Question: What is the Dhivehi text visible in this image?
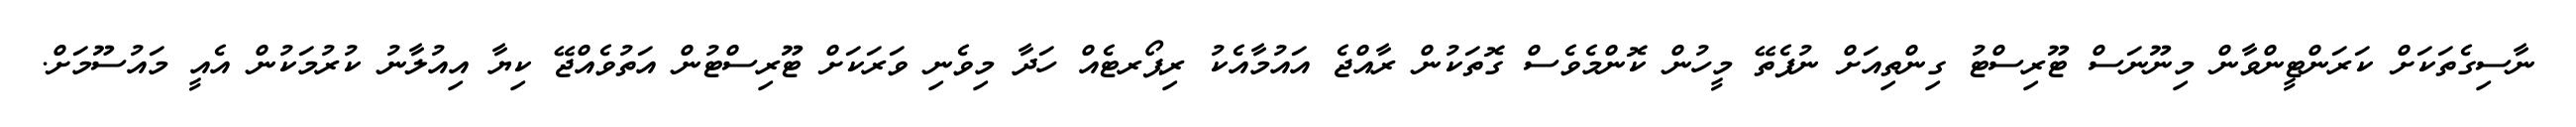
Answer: ނާސިގެތަކަށް ކަރަންޓީންވާން މިނޫނަސް ޓޫރިސްޓު ގިންތިއަށް ނުފެތޭ މީހުން ކޮންމެވެސް ގޮތަކުން ރާއްޖެ އައުމާއެކު ރިޕޯރޓެއް ހަދާ މިވެނި ވަރަކަށް ޓޫރިސްޓުން އަތުވެއްޖޭ ކިޔާ އިއުލާނު ކުރުމަކުން އެއީ މައުސޫމަށް.